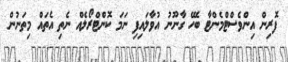
ފޮރިން އިންވެސްޓްމެންޓާ ބެހޭ ގާނޫނު އުވާލައިފި ނަމަ ކޮންޓްރޯލެއް ނެތި އެތައް މިތަނުން